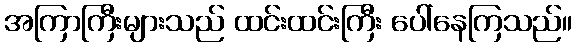
အကြာကြီးများသည် ထင်းထင်းကြီး ပေါ်နေကြသည်။